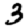
Digit: 3